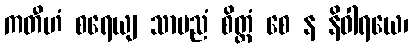
ကတီဟံ စရေယျ သာမညံ စိတ္တံ စေ န နိဝါရယေ၊